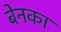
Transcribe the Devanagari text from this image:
बेनका